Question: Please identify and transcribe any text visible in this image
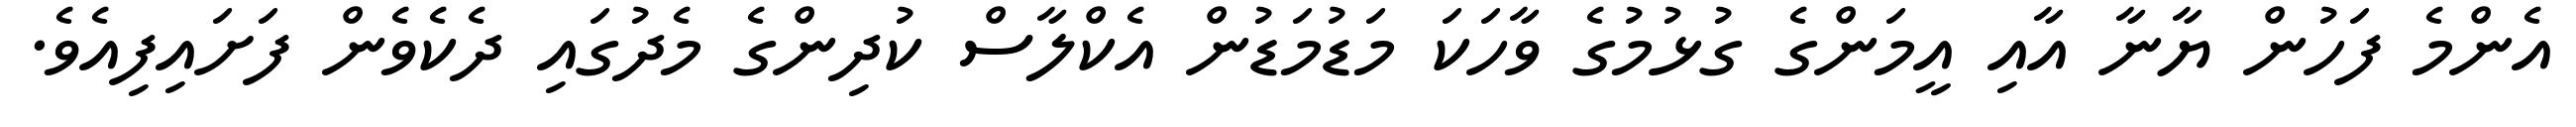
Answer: އެންމެ ފަހުން ޔާނާ އާއި އީމަންގެ ގުޅުމުގެ ވާހަކަ މަޑުމަޑުން އެކްލާސް ކުދިންގެ މެދުގައި ދެކެވެން ފަށައިފިއެވެ.